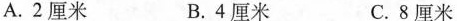
A.2厘米 B.4厘米 C.8厘米